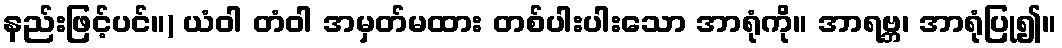
နည်းဖြင့်ပင်။) ယံဝါ တံဝါ အမှတ်မထား တစ်ပါးပါးသော အာရုံကို။ အာရဗ္ဘ၊ အာရုံပြု၍။